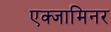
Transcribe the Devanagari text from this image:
एक्‍जामिनर